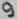
Text: 9